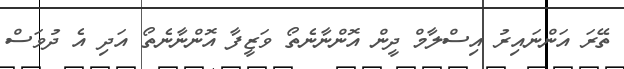
ތޭރަ އަންނައިރު އިސްލާމް ދީން އޮންނާނެތޯ ވަޒީފާ އޮންނާނެތޯ އަދި އެ ދުވަސް